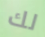
لك